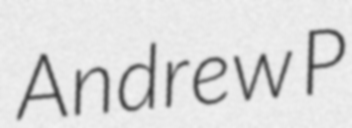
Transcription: Andrew P